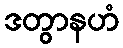
ဒတွာနဟံ